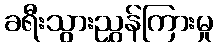
ခရီးသွားညွှန်ကြားမှု